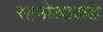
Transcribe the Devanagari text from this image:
सामोआकडे